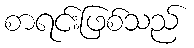
စာရင်းဖြစ်သည်